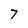
Character: 7